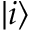
| i \rangle